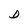
Character: D